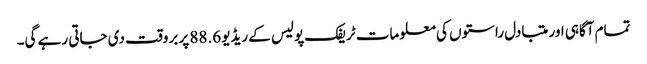
تمام آگاہی اور متبادل راستوں کی معلومات ٹریفک پولیس کے ریڈیو 88.6 پر بروقت دی جاتی رہے گی۔